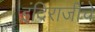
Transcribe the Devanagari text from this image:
इंदिराजींचे